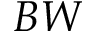
B W